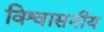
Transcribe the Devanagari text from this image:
विश्वासनीय